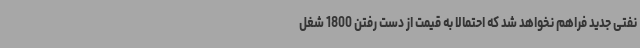
نفتی جدید فراهم نخواهد شد که احتمالا به قیمت از دست رفتن 1800 شغل